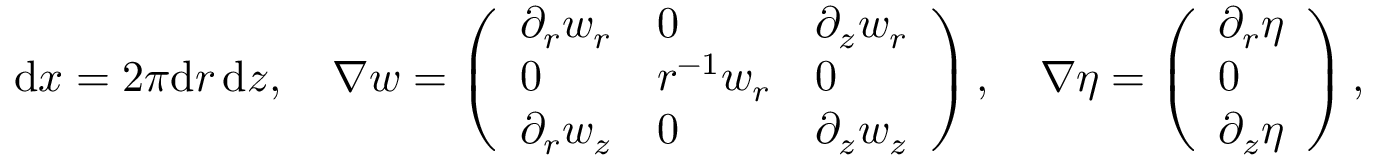
\begin{array} { r } { \, \mathrm { d } x = 2 \pi \mathrm { d } r \, \mathrm { d } z , \quad \nabla \boldsymbol { w } = \left( \begin{array} { l l l } { \partial _ { r } w _ { r } } & { 0 } & { \partial _ { z } w _ { r } } \\ { 0 } & { r ^ { - 1 } w _ { r } } & { 0 } \\ { \partial _ { r } w _ { z } } & { 0 } & { \partial _ { z } w _ { z } } \end{array} \right) , \quad \nabla \eta = \left( \begin{array} { l } { \partial _ { r } \eta } \\ { 0 } \\ { \partial _ { z } \eta } \end{array} \right) , } \end{array}